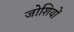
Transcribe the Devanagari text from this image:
जोशियों